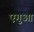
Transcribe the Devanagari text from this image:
एगुआ